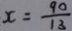
x = \frac { 9 0 } { 1 3 }